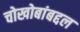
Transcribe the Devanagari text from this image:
चोखोबांबद्दल